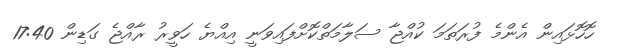
ހޮހޮޅައިން އެންމެ ފުރަތަމަ ކުއްޖާ ސަލާމަތްކޮށްފައިވަނީ އިއްޔެ ހަވީރު ރާއްޖެ ގަޑިން 17:40